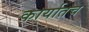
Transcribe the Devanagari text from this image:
कार्यातच